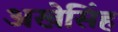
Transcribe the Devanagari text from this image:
अखेसिंह